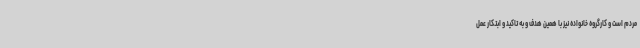
مردم است و کارگروه خانواده نیز با همین هدف و به تاکید و ابتکار عمل